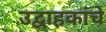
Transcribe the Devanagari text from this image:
उद्वाहकांचे